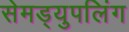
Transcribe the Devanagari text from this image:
सेमड्युपलिंग